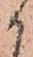
か